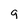
Character: q